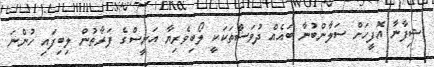
ޝިފާނާ އޮފީހަށް ސަލާންބުނާ ބައެއް ދުވަސްތަކަކީ ލޯބިވެރިޔާ އަނީސްގެ ފަރާތުން ލިބިފައި ހުންނަ